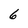
Character: 6